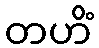
တဟိံ